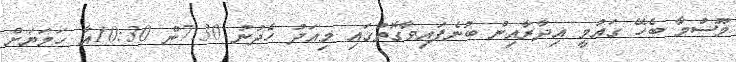
މޫސުމާ ބެހޭ ގައުމީ އިދާރާއިން ބުނެފައިވާގޮތުގައި މިއަދު ހެދުނު 7:30ން 10:30އާ ހަމަޔަށް